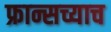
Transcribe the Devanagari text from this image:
फ्रान्सच्याच